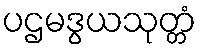
ပဌမဒွယသုတ္တံ